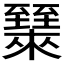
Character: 𬛶